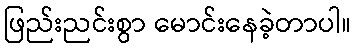
ဖြည်းညင်းစွာ မောင်းနေခဲ့တာပါ။